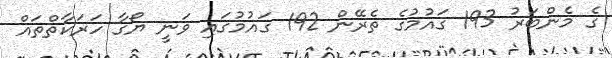
ގެ މެންބަރު 193 ގައުމުގެ ތެރޭން 192 ގައުމުގައި ވަނީ ޔޯގާ ހަރަކާތްތައް